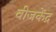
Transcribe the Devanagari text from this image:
वीजकेंद्र